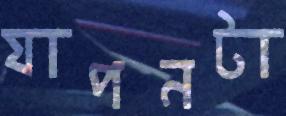
যাপনটা